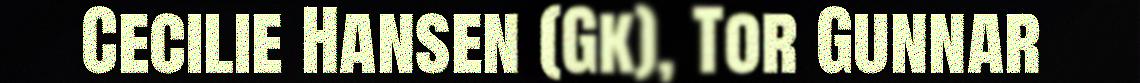
Cecilie Hansen (Gk), Tor Gunnar